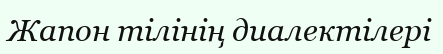
Жапон тілінің диалектілері